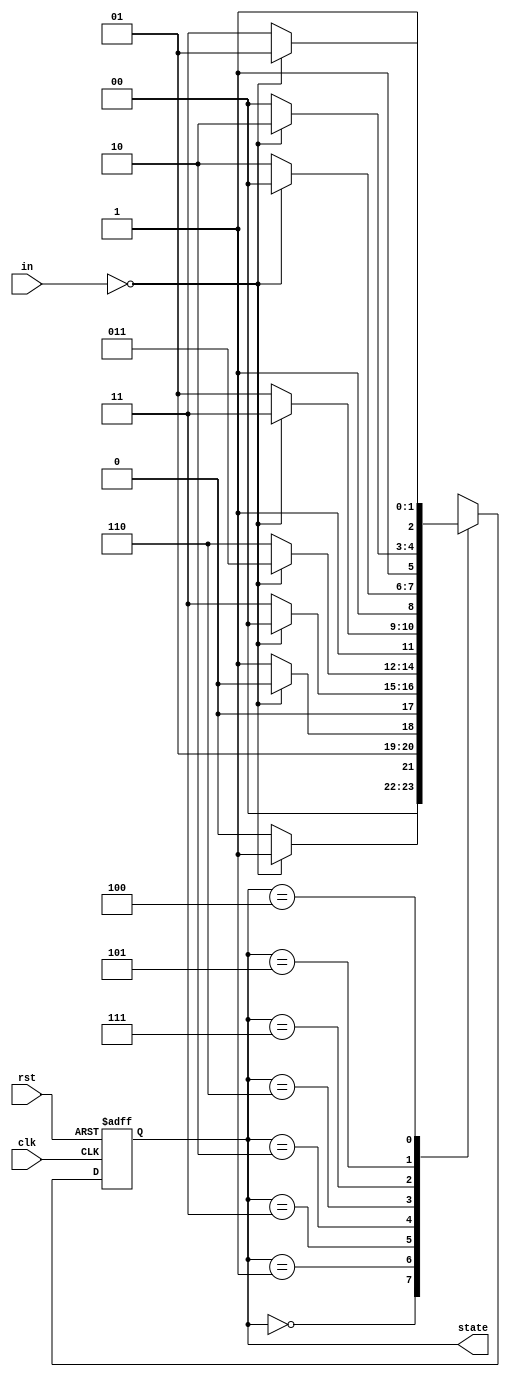
module gray_code_state_machine (
    input wire clk,         // Clock input
    input wire rst,         // Reset signal
    input wire [1:0] in,    // Input signal (2 bits)
    output reg [2:0] state  // 3-bit Gray Code State output
);

// State encoding
parameter S0 = 3'b000;
parameter S1 = 3'b001;
parameter S2 = 3'b011;
parameter S3 = 3'b010;
parameter S4 = 3'b110;
parameter S5 = 3'b111;
parameter S6 = 3'b101;
parameter S7 = 3'b100;

// State register
reg [2:0] next_state;

always @ (posedge clk or posedge rst)
begin
    if (rst)
        state <= S0;
    else
        state <= next_state;
end

// State transition logic
always @ (*)
begin
    case (state)
        S0: next_state = (in == 2'b00) ? S1 : S0;
        S1: next_state = (in == 2'b00) ? S3 : S2;
        S2: next_state = (in == 2'b00) ? S0 : S2;
        S3: next_state = (in == 2'b00) ? S2 : S4;
        S4: next_state = (in == 2'b00) ? S5 : S6;
        S5: next_state = (in == 2'b00) ? S7 : S4;
        S6: next_state = (in == 2'b00) ? S4 : S7;
        S7: next_state = (in == 2'b00) ? S6 : S5;
        default: next_state = S0;
    endcase
end

endmodule